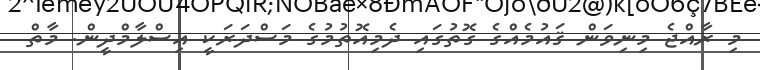
މި ރާއްޖެ މިނިވަން ޤައުމެއްގެ ގޮތުގައި ދެމިއޮތުމުގެ މަސްދަރަކީ އިސްލާމްދީން. މާތް